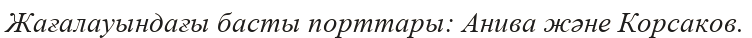
Жағалауындағы басты порттары: Анива және Корсаков.